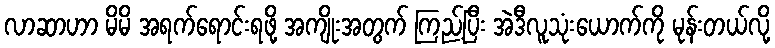
လာဆာဟာ မိမိ အရက်ရောင်းရဖို့ အကျိုးအတွက် ကြည့်ပြီး အဲဒီလူသုံးယောက်ကို မုန်းတယ်လို့